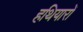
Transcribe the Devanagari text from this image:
हथियारोँ